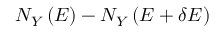
N _ { Y } \left( E \right) - N _ { Y } \left( E + \delta E \right)